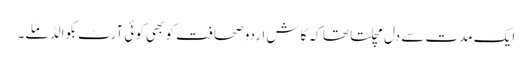
ایک مدت سے دل مچلتا تھا کہ کاش اردو صحافت کو بھی کوئی آرٹ بکوالڈ ملے۔